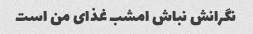
نگرانش نباش امشب غذای من است